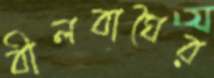
বীলবাঘৈর